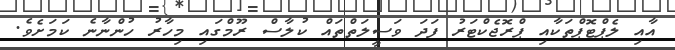
އާއި ލެޕްޓޮޕްތަކާއި ޕްރޮޖެކްޓަރު ފަދަ ވަސީލަތްތައް ކުލާސް ރޫމްގައި މިހާރު ހުންނާނެ ކަމަށެވެ.